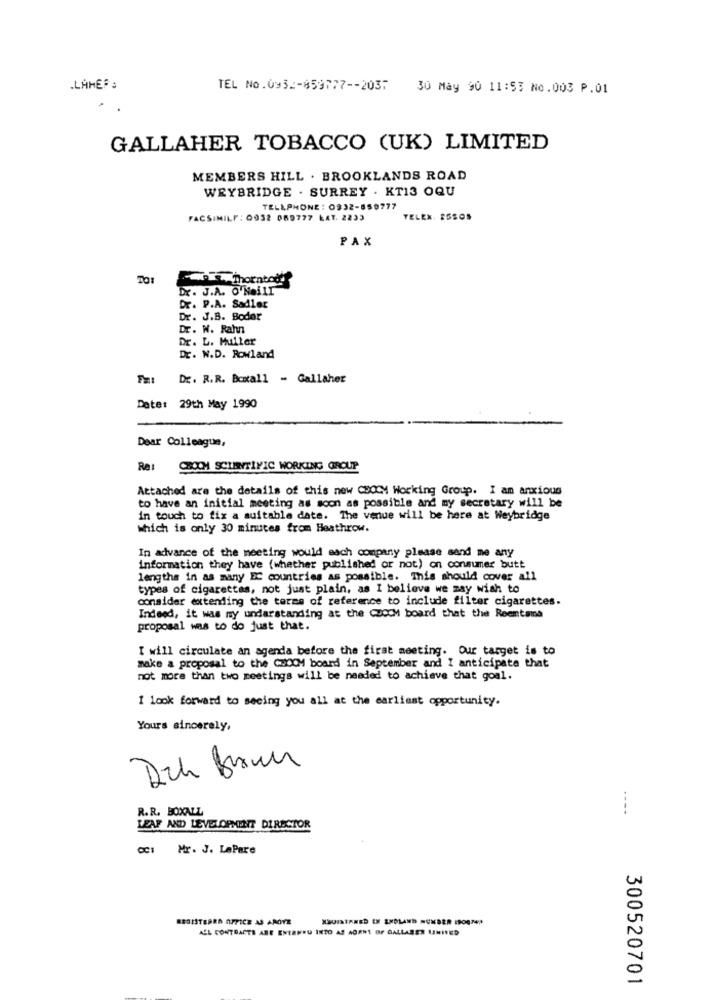
.LAHER :
TEL No.093 .:- 859777 -- 2037
30 May 90 11:53 N0.003 P.01
GALLAHER TOBACCO (UK) LIMITED
MEMBERS HILL . BROOKLANDS ROAD
WEYBRIDGE . SURREY . KT13 OQU
TELLPHONE : 0932-850777
FACSIMILE : 0932 069777 LAY. 2233
TELEX. ESSO5
PAX
Dr. J.A. O'Neill
Dr. P.A. Sadler
Dr. J.B. Boder
Dr. W. Rahn
Dr. L. Muller
Dr. N.D. Rowland
Dr. R.R. Boxall - Gallaher
Date: 29th May 1990
Dear Colleague,
Ret CHOCH SCIENTIFIC WORKING GROUP
Attached are the details of this new CHOCM Working Group. I am anxious
to have an initial meeting as soon as possible and my secretary will be
in touch to fix a suitable date. The venue will be here at Weybridge
which is only 30 minutes from Heathrow.
In advance of the meeting would sach company please send me any
information they have (whether published or not) on consumer butt
lengths in as many EC countries as possible. This should cover all
types of cigarettes, not just plain, as I believe we may wish to
consider extending the terms of reference to include filter cigarettes.
Indeed, it was my understanding at the Coch board that the Reemtsma
proposal was to do just that.
I will circulate an agenda before the first meeting. Our target is to
make a proposal to the CWCOM board in September and I anticipate that
not more than two meetings will be needed to achieve that goal.
I look forward to seeing you all at the earliest opportunity.
Yours sincerely,
R. R. BOXALL
----
LEAF AND LEVELOPMENT DIRECTOR
CCI Mr. J. LaPare
REGISTERED OFFICE AS AROYE
ALL CONTRACTS ARE ENTANRU INTO AS AORNI OF GALLABER LIMITED
300520701